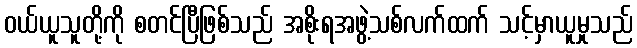
ဝယ်ယူသူတို့ကို စတင်ပြီဖြစ်သည် အစိုးရအဖွဲ့သစ်လက်ထက် သင့်မှာယူမှုသည်